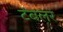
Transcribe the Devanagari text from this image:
टंबलर